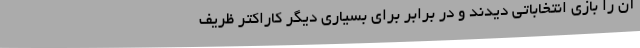
آن را بازی انتخاباتی دیدند و در برابر برای بسیاری دیگر کاراکتر ظریف